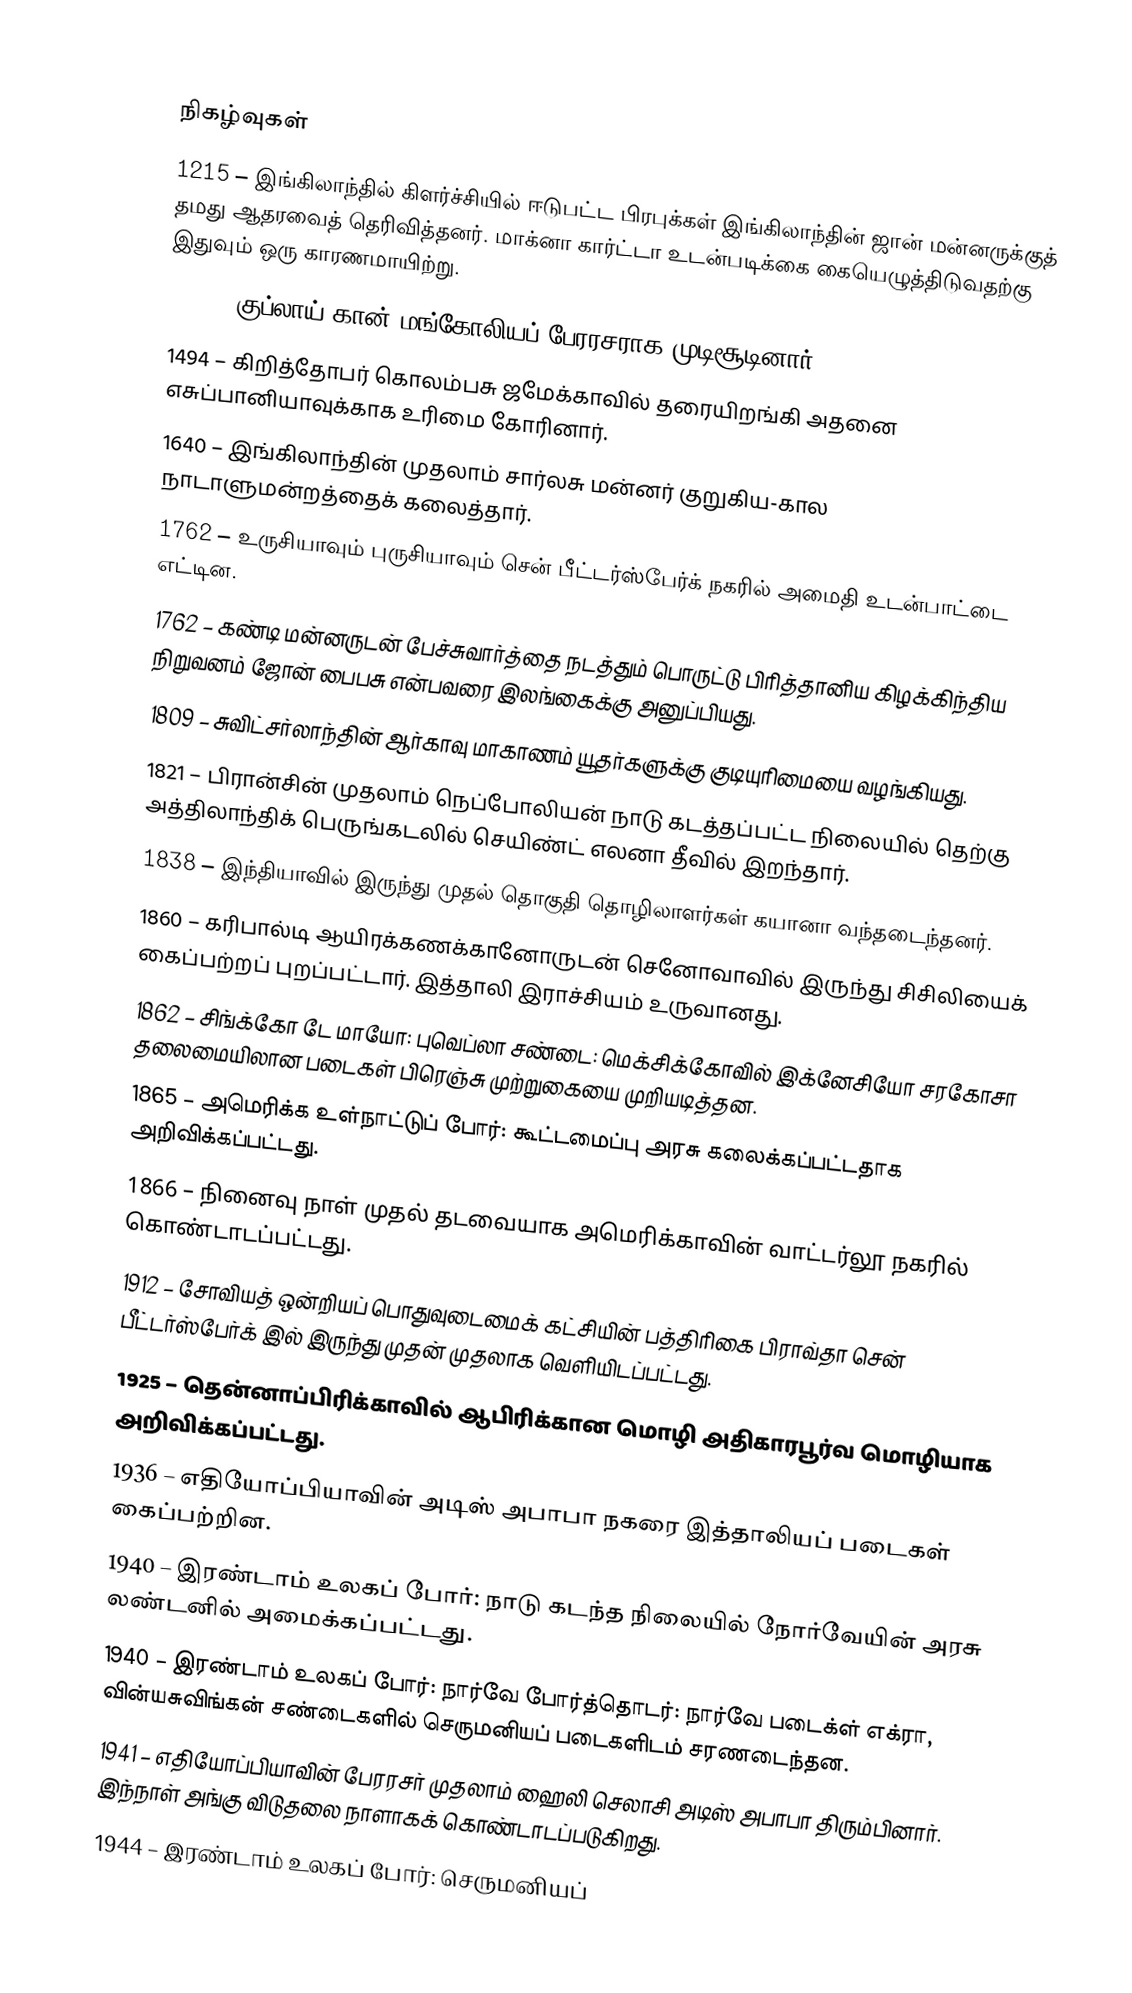

நிகழ்வுகள்
1215 – இங்கிலாந்தில் கிளர்ச்சியில் ஈடுபட்ட பிரபுக்கள் இங்கிலாந்தின் ஜான் மன்னருக்குத் தமது ஆதரவைத் தெரிவித்தனர். மாக்னா கார்ட்டா உடன்படிக்கை கையெழுத்திடுவதற்கு இதுவும் ஒரு காரணமாயிற்று.
1260 – குப்லாய் கான் மங்கோலியப் பேரரசராக முடிசூடினார்.
1494 – கிறித்தோபர் கொலம்பசு ஜமேக்காவில் தரையிறங்கி அதனை எசுப்பானியாவுக்காக உரிமை கோரினார்.
1640 – இங்கிலாந்தின் முதலாம் சார்லசு மன்னர் குறுகிய-கால நாடாளுமன்றத்தைக் கலைத்தார்.
1762 – உருசியாவும் புருசியாவும் சென் பீட்டர்ஸ்பேர்க் நகரில் அமைதி உடன்பாட்டை எட்டின.
1762 – கண்டி மன்னருடன் பேச்சுவார்த்தை நடத்தும் பொருட்டு பிரித்தானிய கிழக்கிந்திய நிறுவனம் ஜோன் பைபசு என்பவரை இலங்கைக்கு அனுப்பியது.
1809 – சுவிட்சர்லாந்தின் ஆர்காவு மாகாணம் யூதர்களுக்கு குடியுரிமையை வழங்கியது.
1821 – பிரான்சின் முதலாம் நெப்போலியன் நாடு கடத்தப்பட்ட நிலையில் தெற்கு அத்திலாந்திக் பெருங்கடலில் செயிண்ட் எலனா தீவில் இறந்தார்.
1838 – இந்தியாவில் இருந்து முதல் தொகுதி தொழிலாளர்கள் கயானா வந்தடைந்தனர்.
1860 – கரிபால்டி ஆயிரக்கணக்கானோருடன் செனோவாவில் இருந்து சிசிலியைக் கைப்பற்றப் புறப்பட்டார். இத்தாலி இராச்சியம் உருவானது.
1862 – சிங்க்கோ டே மாயோ: புவெப்லா சண்டை: மெக்சிக்கோவில் இக்னேசியோ சரகோசா தலைமையிலான படைகள் பிரெஞ்சு முற்றுகையை முறியடித்தன.
1865 – அமெரிக்க உள்நாட்டுப் போர்: கூட்டமைப்பு அரசு கலைக்கப்பட்டதாக அறிவிக்கப்பட்டது.
1866 – நினைவு நாள் முதல் தடவையாக அமெரிக்காவின் வாட்டர்லூ நகரில் கொண்டாடப்பட்டது.
1912 – சோவியத் ஒன்றியப் பொதுவுடைமைக் கட்சியின் பத்திரிகை பிராவ்தா சென் பீட்டர்ஸ்பேர்க் இல் இருந்து முதன் முதலாக வெளியிடப்பட்டது.
1925 – தென்னாப்பிரிக்காவில் ஆபிரிக்கான மொழி அதிகாரபூர்வ மொழியாக அறிவிக்கப்பட்டது.
1936 – எதியோப்பியாவின் அடிஸ் அபாபா நகரை இத்தாலியப் படைகள் கைப்பற்றின.
1940 – இரண்டாம் உலகப் போர்: நாடு கடந்த நிலையில் நோர்வேயின் அரசு லண்டனில் அமைக்கப்பட்டது.
1940 – இரண்டாம் உலகப் போர்: நார்வே போர்த்தொடர்: நார்வே படைக்ள் எக்ரா, வின்யசுவிங்கன் சண்டைகளில் செருமனியப் படைகளிடம் சரணடைந்தன.
1941 – எதியோப்பியாவின் பேரரசர் முதலாம் ஹைலி செலாசி அடிஸ் அபாபா திரும்பினார். இந்நாள் அங்கு விடுதலை நாளாகக் கொண்டாடப்படுகிறது.
1944 – இரண்டாம் உலகப் போர்: செருமனியப்